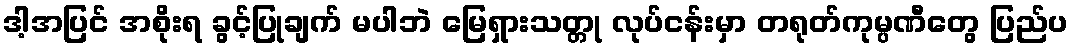
ဒါ့အပြင် အစိုးရ ခွင့်ပြုချက် မပါဘဲ မြေရှားသတ္တု လုပ်ငန်းမှာ တရုတ်ကုမ္ပဏီတွေ ပြည်ပ